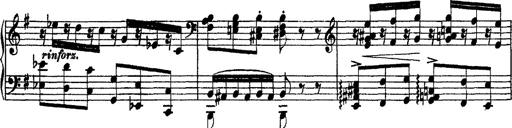
Title: Morceau de Salon
Composer: Josef Adalbert Pacher
Key: D-flat major